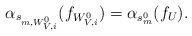
LaTeX: \begin{align*} \alpha_{s_{m, W^0_{V, i}}} (f_{{W^0_{V,i}}}) = \alpha_{s^0_m} (f_U). \end{align*}